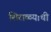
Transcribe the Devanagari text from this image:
शिराळ्याची